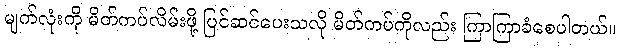
မျက်လုံးကို မိတ်ကပ်လိမ်းဖို့ ပြင်ဆင်ပေးသလို မိတ်ကပ်ကိုလည်း ကြာကြာခံစေပါတယ်။